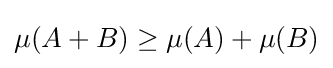
{\textstyle \mu (A+B)\geq \mu (A)+\mu (B)}